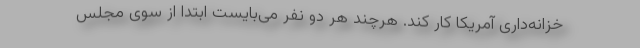
خزانه‌داری آمریکا کار کند. هرچند هر دو نفر می‌بایست ابتدا از سوی مجلس